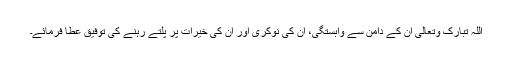
اللہ تبارک وتعالیٰ ان کے دامن سے وابستگی، ان کی نوکری اور ان کی خیرات پر پلتے رہنے کی توفیق عطا فرمائے۔